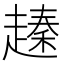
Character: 𧽕